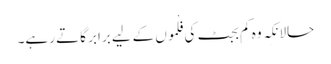
حالانکِہ وہ کم بجٹ کی فِلْموں کے لِیے برابر گاتے رہے۔